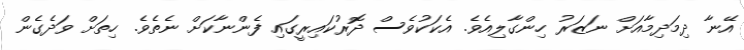
އޭނާ ދިމަދިމާއަށް ނަޒަރު ހިންގާލިއެވެ. އެކަކުވެސް ދޮރުކައިރީގައި ފެންނާކަށް ނެތެވެ. ހިތަށް ވަދެގެން